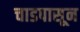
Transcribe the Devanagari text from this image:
चाडपासून